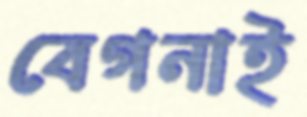
বেগনাই